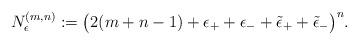
LaTeX: \begin{align*}N^{(m,n)}_\epsilon:= \bigl( 2(m+n-1)+\epsilon_+ +\epsilon_- + \tilde{\epsilon}_+ +\tilde{\epsilon}_-\bigr)^n .\end{align*}